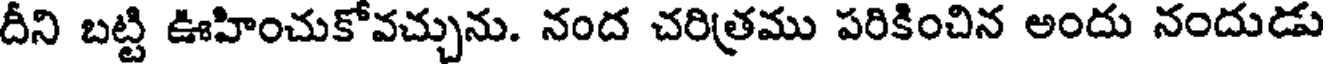
దీని బట్టి ఊహించుకోవచ్చును. నంద చరిత్రము పరికించిన అందు నందుడు